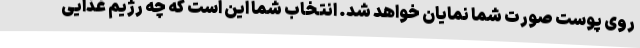
روی پوست صورت شما نمایان خواهد شد. انتخاب شما این است که چه رژیم غذایی